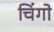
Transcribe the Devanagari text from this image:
चिंगो